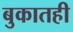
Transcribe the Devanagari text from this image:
बुकातही